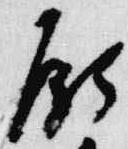
願